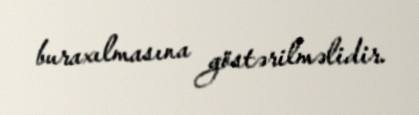
buraxılmasına göstərilməlidir.